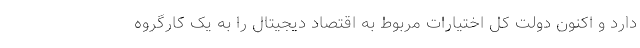
دارد و اکنون دولت کل اختیارات مربوط به اقتصاد دیجیتال را به یک کارگروه